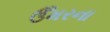
ઉઁમરના